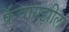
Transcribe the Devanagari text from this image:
फ्रॅंचायझीला